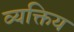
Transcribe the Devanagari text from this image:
व्यक्तिय